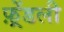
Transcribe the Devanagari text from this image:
फ़्रेंडली